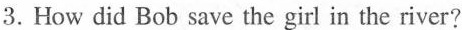
3.How did Bob save the gir! in the river?